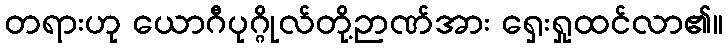
တရားဟု ယောဂီပုဂ္ဂိုလ်တို့ဉာဏ်အား ရှေးရှုထင်လာ၏။